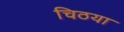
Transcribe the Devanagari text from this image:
चिठया